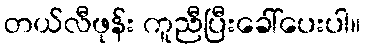
တယ်လီဖုန်း ကူညီပြီးခေါ်ပေးပါ။